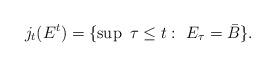
LaTeX: \begin{align*}j_t(E^t) = \{\sup\ \tau\leq t:\ E_{\tau}=\bar{B}\}.\end{align*}